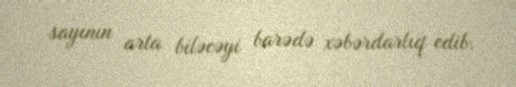
sayının arta biləcəyi barədə xəbərdarlıq edib.